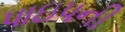
પાઇપની